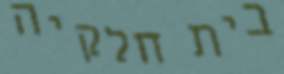
בית חלקיה